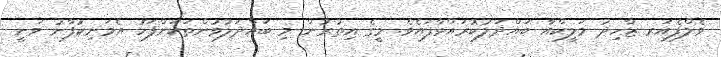
ވެލްފެއަރ ޒާހިދު މަލީކްއާ ބައްދަލުކުރައްވާފައެވެ. މީގެ އިތުރުން މި ބައްދަލުވުންތަކަށްފަހު އެމަނިކުފާނު ވަނީ